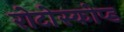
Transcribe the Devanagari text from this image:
रोटोस्कोप्ड